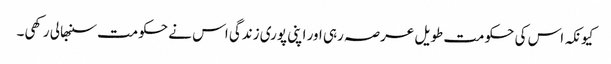
کیونکہ اس کی حکومت طویل عرصہ رہی اور اپنی پوری زندگی اس نے حکومت سنبھالی رکھی۔